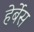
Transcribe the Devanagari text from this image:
हेर्बेस